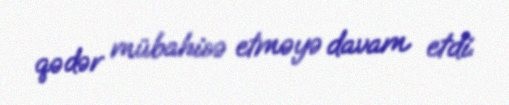
qədər mübahisə etməyə davam etdi.